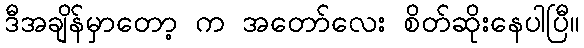
ဒီအချိန်မှာတော့ က အတော်လေး စိတ်ဆိုးနေပါပြီ။